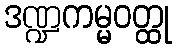
ဒဏ္ဍကမ္မဝတ္ထု